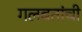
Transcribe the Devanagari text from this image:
गलबतांची